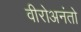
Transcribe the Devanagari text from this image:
वीरोअनंतो